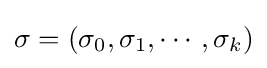
\sigma =(\sigma _{0},\sigma _{1},\cdots ,\sigma _{k})